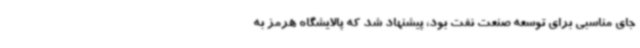
جای مناسبی برای توسعه صنعت نفت بود، پیشنهاد شد که پالایشگاه هرمز به